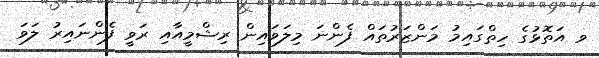
ވ އަތޮޅުގެ ހިތްގައިމު މަންޒަރުތައް ފެންނަ މިލަވައިން ރިޝްމީއާއި ރަވީ ފެންނައިރު ލަވަ